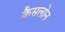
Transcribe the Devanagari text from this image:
कैसलोन